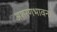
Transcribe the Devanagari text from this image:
अशरणभावना